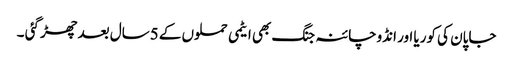
جاپان کی کوریا اور انڈوچائنہ جنگ بھی ایٹمی حملوں کے 5سال بعد چھڑ گئی ۔